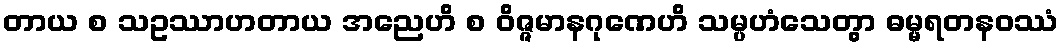
တာယ စ သဥဿာဟတာယ အညေဟိ စ ဝိဇ္ဇမာနဂုဏေဟိ သမ္ပဟံသေတွာ ဓမ္မရတနဝဿံ